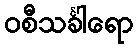
ဝစီသင်္ခါရော